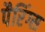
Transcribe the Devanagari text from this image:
पैरिंग्स